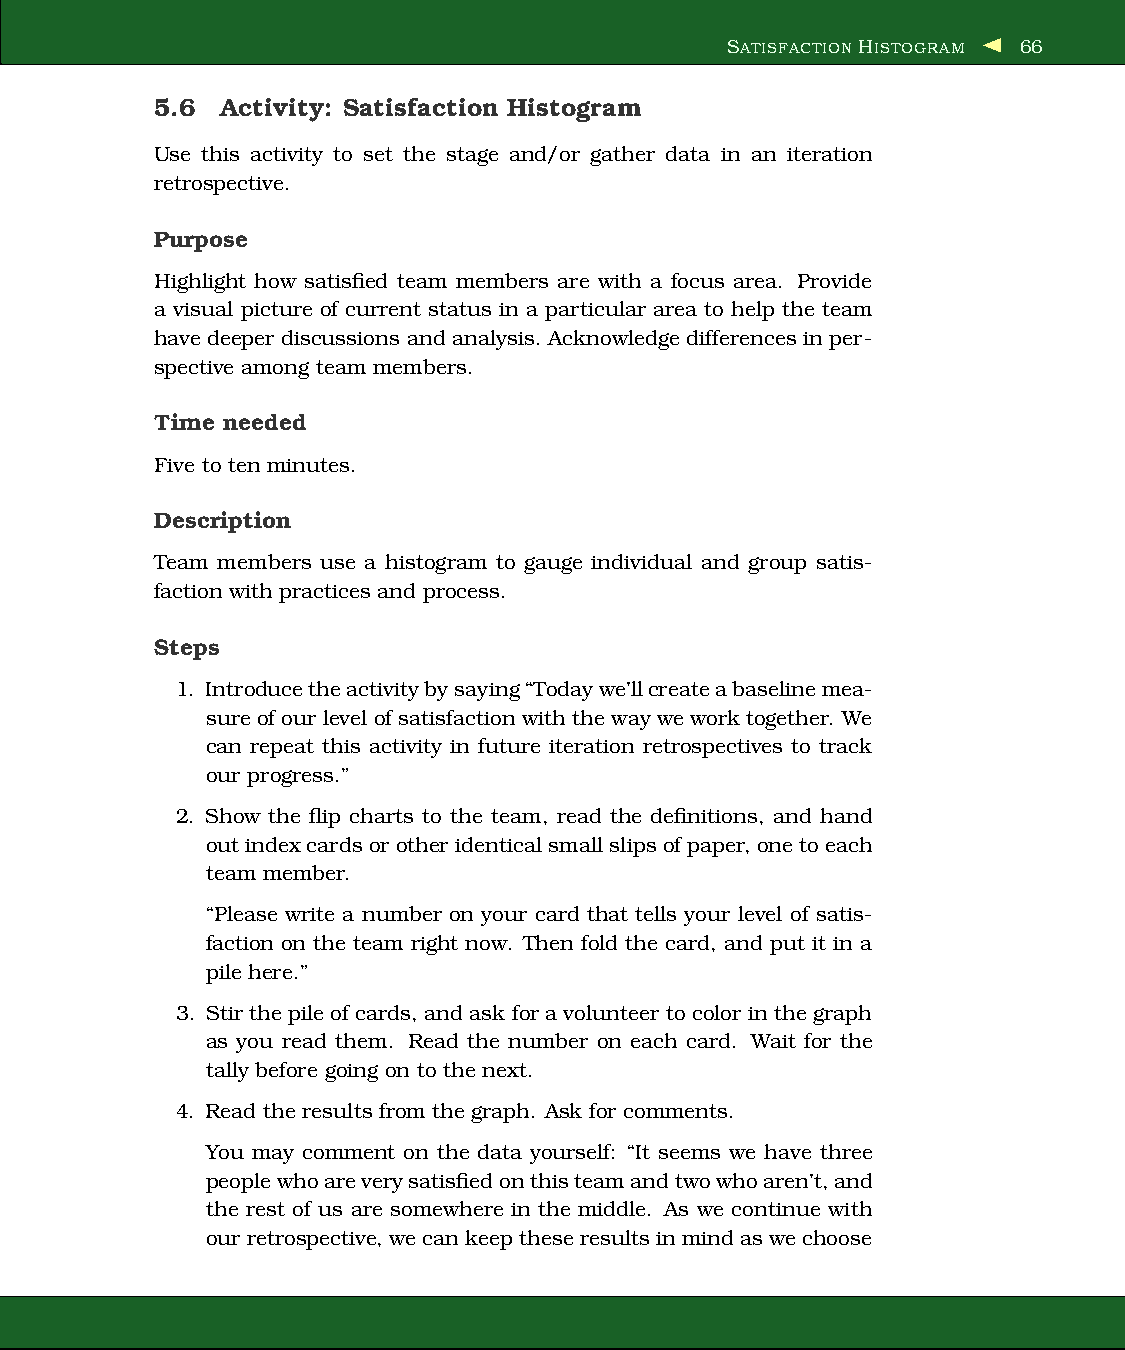
SATISFACTION HISTOGRAM 66
 5.6  Activity: Satisfaction Histogram
 Use this activity to set the stage and/or gather data in an iteration
 retrospective.
 Purpose
 Highlight how satisfied team members are with a focus area. Provide
 a visual picture of current status in a particular area to help the team
 have deeper discussions and analysis. Acknowledge differences in per-
 spective among team members.
 Time needed
 Five to ten minutes.
 Description
 Team members use a histogram to gauge individual and group satis-
 faction with practices and process.
 Steps
 1. Introducetheactivitybysaying“Todaywe’llcreateabaselinemea-
 sure of our level of satisfaction with theway wework together. We
 can repeat this activity in future iteration retrospectives to track
 our progress.”
 2. Show the flip charts to the team, read the definitions, and hand
 out indexcardsor other identical small slips of paper, one toeach
 team member.
 “Please write a number on your card that tells your level of satis-
 faction on the team right now. Then fold the card, and put it in a
 pile here.”
 3. Stir the pile of cards, and ask for a volunteer to color in thegraph
 as you read them. Read the number on each card. Wait for the
 tally before going on to the next.
 4. Read the results from the graph. Ask for comments.
 You may comment on the data yourself: “It seems we have three
 peoplewhoareverysatisfiedonthisteamandtwowhoaren’t,and
 the rest of us are somewhere in the middle. As we continue with
 our retrospective,wecan keep theseresultsinmind aswechoose